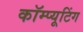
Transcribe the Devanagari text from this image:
कॉम्प्यूटिंग